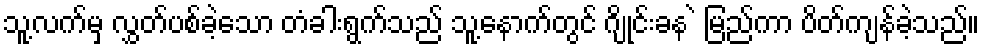
သူ့လက်မှ လွှတ်ပစ်ခဲ့သော တံခါးရွက်သည် သူ့နောက်တွင် ဂျိုင်းခန ဲ မြည်ကာ ပိတ်ကျန်ခဲ့သည်။